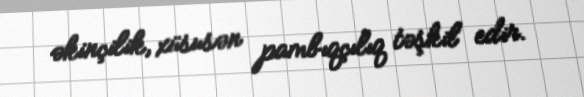
əkinçilik, xüsusən pambıqçılıq təşkil edir.